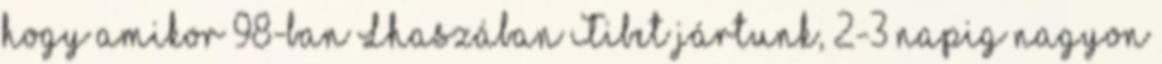
hogy amikor 98-ban Lhaszában Tibet jártunk, 2-3 napig nagyon